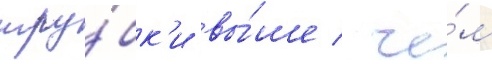
тру́бк'и вы́ше / че́м